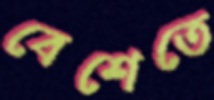
বেশেতে